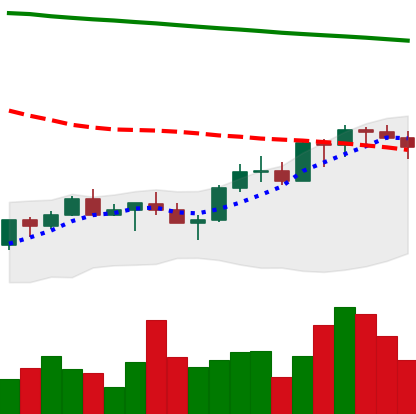
Ticker: XMR-USD
Chart end date: 2022-07-23
Forward return: 10.904%
Label: up_7plus